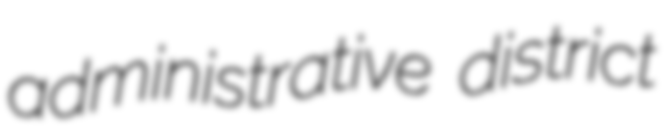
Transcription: administrative district